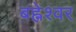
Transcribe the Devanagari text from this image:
बह्नेश्वर